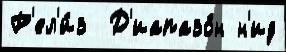
Р'ел'и́з  Д'иапазо́н н'ид